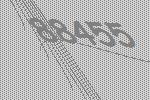
88455